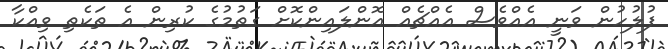
ފުލުހުން ވަނީ އެއްވެސް އެއްޗެއް އޮންލައިންކޮށް ގަތުމުގެ ކުރިން އެ ތަކެތި ވިއްކާ